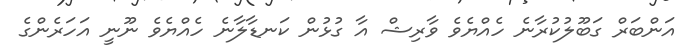
އަންބަރް ގަބޫލުކުރާނެ ހެއްޔެވެ ވާރިޝް އާ ގުޅުން ކަނޑާލާނެ ހެއްޔެވެ ނޫނީ އަހަރެންގެ